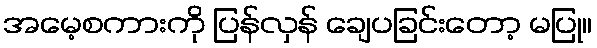
အမေ့စကားကို ပြန်လှန် ချေပခြင်းတော့ မပြု။